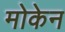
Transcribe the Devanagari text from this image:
मोकेन